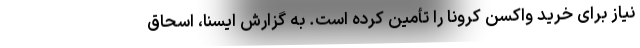
نیاز برای خرید واکسن کرونا را تأمین کرده است. به گزارش ایسنا، اسحاق